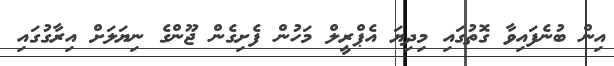
އިން ބުނެފައިވާ ގޮތުގައި މިދިޔަ އެޕްރީލް މަހުން ފެށިގެން ޖޫންގެ ނިޔަލަށް އިރާގުގައި